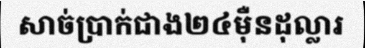
សាច់ប្រាក់ជាង២៤ម៉ឺនដុល្លារ